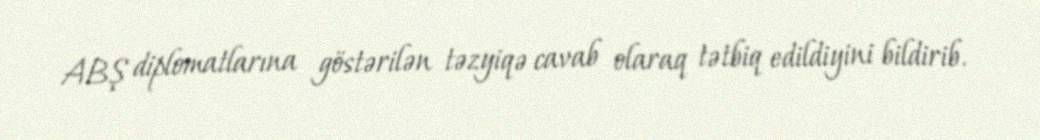
ABŞ diplomatlarına göstərilən təzyiqə cavab olaraq tətbiq edildiyini bildirib.